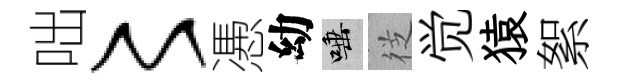
咄〻慿幼唾徔觉猿絮